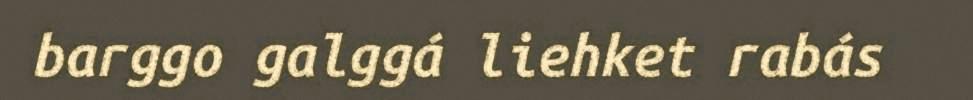
barggo galggá liehket rabás